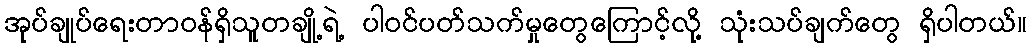
အုပ်ချုပ်ရေးတာဝန်ရှိသူတချို့ရဲ့ ပါဝင်ပတ်သက်မှုတွေကြောင့်လို့ သုံးသပ်ချက်တွေ ရှိပါတယ်။